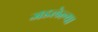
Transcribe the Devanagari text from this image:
जडलेल्या